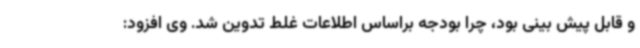
و قابل پیش بینی بود، چرا بودجه براساس اطلاعات غلط تدوین شد. وی افزود: